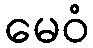
မေဝံ